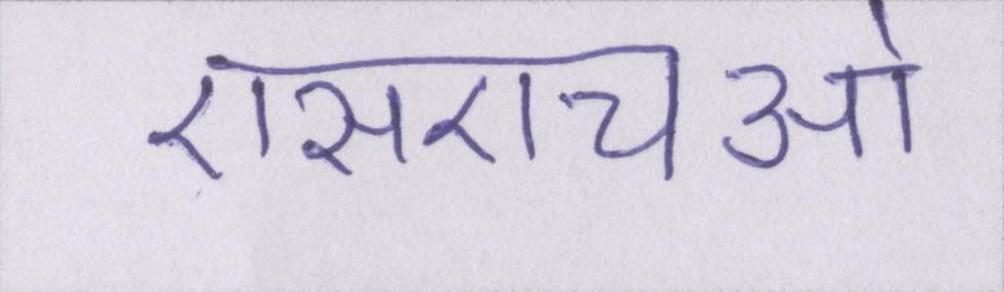
एसएचओ